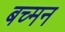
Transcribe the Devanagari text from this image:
बच्मन